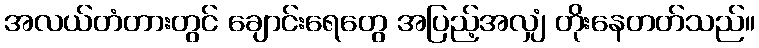
အလယ်တံတားတွင် ချောင်းရေတွေ အပြည့်အလျှံ တိုးနေတတ်သည်။